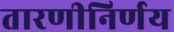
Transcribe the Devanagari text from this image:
तारणीनिर्णय